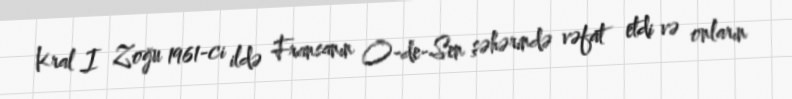
Kral I Zoğu 1961-ci ildə Fransanın O-de-Sen şəhərində vəfat etdi və onların